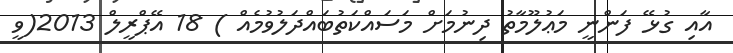
އާއި ގުޅޭ ފަންނީ މަޢުލޫމާތު ދިނުމަށް މަސައްކަތުބައްދަލުވުމެއް ) 18 އޭޕްރީލް 2013(ވީ